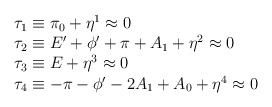
\begin{align*}\begin{array}{l} \tau_1 \equiv \pi_0 + \eta^1 \approx 0 \\ \tau_2\equiv E' + \phi' + \pi + A_1 +\eta^2 \approx 0 \\ \tau_3 \equiv E + \eta^3 \approx 0 \\ \tau_4 \equiv -\pi - \phi' - 2A_1 + A_0 + \eta^4 \approx 0 \end{array} \end{align*}